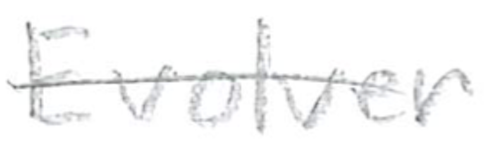
Text: Evolver
Cross-out: single-line
Writing tool: pencil